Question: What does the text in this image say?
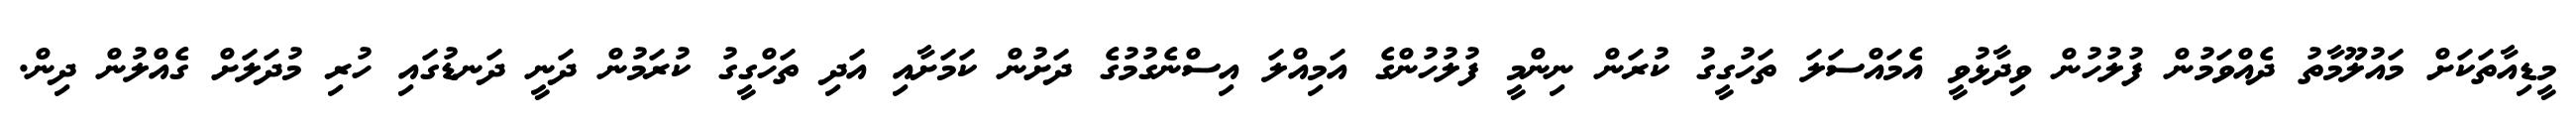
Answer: މީޑިއާތަކަށް މައުލޫމާތު ދެއްވަމުން ފުލުހުން ވިދާޅުވީ އެމައްސަލަ ތަހުގީގު ކުރަން ނިންމީ ފުލުހުންގެ އަމިއްލަ އިސްނެގުމުގެ ދަށުން ކަމަށާއި އަދި ތަހްގީގު ކުރަމުން ދަނީ ދަނޑުގައި ހުރި މުދަލަށް ގެއްލުން ދިން.